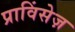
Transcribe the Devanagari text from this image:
प्राविंसेज़